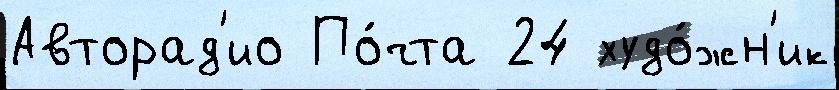
Авторад'ио По́чта 24 худо́жн'ик